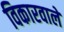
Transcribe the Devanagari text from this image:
विकारवाले